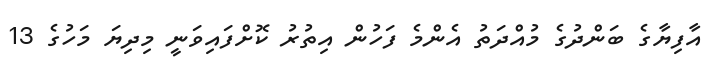
އާފިޔާގެ ބަންދުގެ މުއްދަތު އެންމެ ފަހުން އިތުރު ކޮށްފައިވަނީ މިދިޔަ މަހުގެ 13